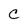
Character: C